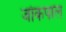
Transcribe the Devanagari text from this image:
जोकपाल